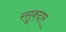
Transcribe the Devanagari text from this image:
रसूक्दार